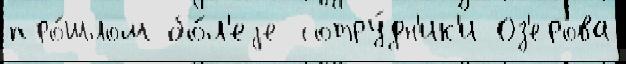
про́шлом бо́л'еjе сотру́дн'ик'и Оз'ерова